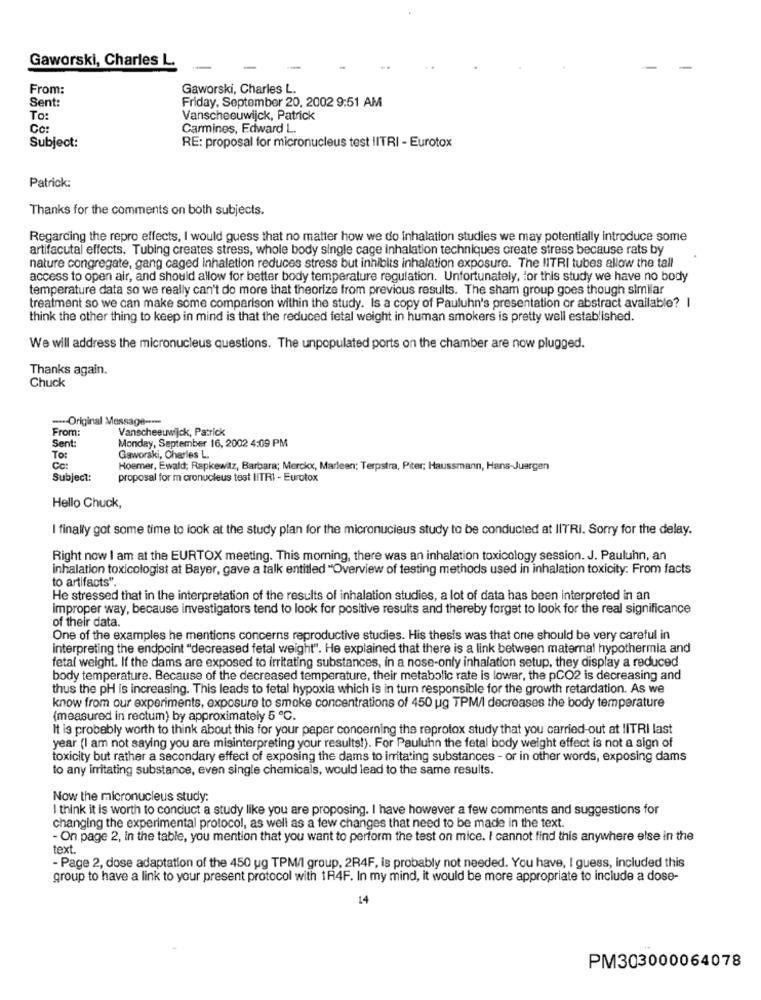
Gaworski, Charles L.
From:
Gaworski, Charles L.
Sent:
Friday, September 20, 2002 9:51 AM
To:
Vanscheeuwijck, Patrick
Co:
Carmines, Edward L.
Subject:
RE: proposal for micronucleus test IITRI - Eurotox
Patrick:
Thanks for the comments on both subjects.
Regarding the repro effects, I would guess that no matter how we do inhalation studies we may potentially introduce some
artifacutal effects. Tubing creates stress, whole body single cage inhalation techniques create stress because rats by
nature congregate, gang caged inhalation reduces stress but inhibits inhalation exposure. The IITRI tubes allow the tall
access to open air, and should allow for better body temperature regulation. Unfortunately, for this study we have no body
temperature data so we really can't do more that theorize from previous results. The sham group goes though similar
treatment so we can make some comparison within the study. Is a copy of Pauluhn's presentation or abstract available? |
think the other thing to keep in mind is that the reduced fetal weight in human smokers is pretty well established.
We will address the micronucleus questions. The unpopulated ports on the chamber are now plugged.
Thanks again.
Chuck
-- Original Message ---
From:
Vanscheeuwijck, Patrick
Monday, September 16, 2002 4:09 PM
Sent
To:
Gaworski, Charles L.
Cc:
Hoemer, Ewald; Rapkewitz, Barbara; Merckx, Marleen; Terpstra, Piter; Haussmann, Hans-Juergen
Subject:
proposal for micronucleus test IITRI - Eurotox
Hello Chuck,
I finally got some time to look at the study plan for the micronucleus study to be conducted at IlTRI. Sorry for the delay.
Right now I am at the EURTOX meeting. This morning, there was an inhalation toxicology session. J. Pauluhn, an
inhalation toxicologist at Bayer, gave a talk entitled "Overview of testing methods used in inhalation toxicity: From facts
to artifacts".
He stressed that in the interpretation of the results of inhalation studies, a lot of data has been interpreted in an
improper way, because investigators tend to look for positive results and thereby forget to look for the real significance
of their data.
One of the examples he mentions concerns reproductive studies. His thesis was that one should be very careful in
interpreting the endpoint "decreased fetal weight". He explained that there is a link between maternal hypothermia and
fetal weight. If the dams are exposed to irritating substances, in a nose-only inhalation setup, they display a reduced
body temperature. Because of the decreased temperature, their metabolic rate is lower, the pCO2 is decreasing and
thus the pH is increasing. This leads to fetal hypoxia which is in turn responsible for the growth retardation. As we
know from our experiments, exposure to smoke concentrations of 450 ug TPM/I decreases the body temperature
(measured in rectum) by approximately 5 ℃.
It is probably worth to think about this for your paper concerning the reprotox study that you carried-out at IlTRI last
year (I am not saying you are misinterpreting your results!). For Pauluhn the fetal body weight effect is not a sign of
toxicity but rather a secondary effect of exposing the dams to irritating substances - or in other words, exposing dams
to any irritating substance, even single chemicals, would lead to the same results.
Now the micronucleus study:
I think it is worth to conduct a study like you are proposing. I have however a few comments and suggestions for
changing the experimental protocol, as well as a few changes that need to be made in the text.
- On page 2, in the table, you mention that you want to perform the test on mice. I cannot find this anywhere else in the
text.
- Page 2, dose adaptation of the 450 ug TPM/I group, 2R4F, is probably not needed. You have, I guess, included this
group to have a link to your present protocol with 1R4F. In my mind, it would be more appropriate to include a dose-
14
PM303000064078